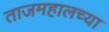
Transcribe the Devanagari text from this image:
ताजमहालच्या